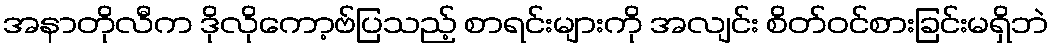
အနာတိုလီက ဒိုလိုကော့ဗ်ပြသည့် စာရင်းများကို အလျင်း စိတ်ဝင်စားခြင်းမရှိဘဲ